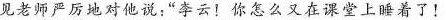
见老师严历地对他说：”李云！你怎么又在课堂上睡着了！